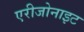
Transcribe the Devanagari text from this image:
एरीजोनाइट